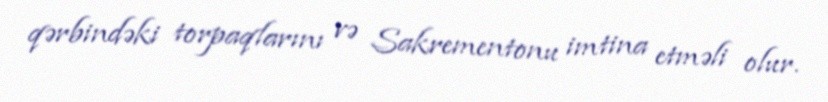
qərbindəki torpaqlarını və Sakrementonu imtina etməli olur.